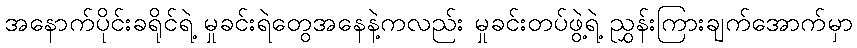
အနောက်ပိုင်းခရိုင်ရဲ့ မှုခင်းရဲတွေအနေနဲ့ကလည်း မှုခင်းတပ်ဖွဲ့ရဲ့ ညွှန်းကြားချက်အောက်မှာ